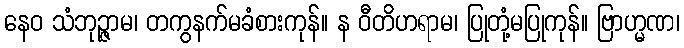
နေဝ သံဘုဉ္ဇာမ၊ တကွနက်မခံစားကုန်။ န ဝီတိဟရာမ၊ ပြုတုံ့မပြုကုန်။ ဗြာဟ္မဏ၊